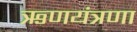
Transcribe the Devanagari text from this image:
ऋणयंत्रणा